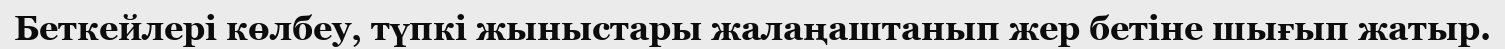
Беткейлері көлбеу, түпкі жыныстары жалаңаштанып жер бетіне шығып жатыр.